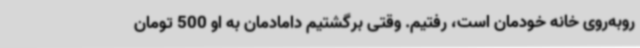
روبه‌روی خانه خودمان است، رفتیم. وقتی برگشتیم دامادمان به او 500 تومان